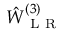
\hat { W } _ { \mathrm { ~ L ~ R ~ } } ^ { ( 3 ) }